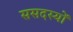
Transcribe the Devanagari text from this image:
ससदस्यों